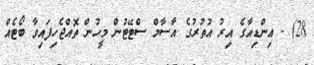
28) - އިންޑިއާގެ އިރު އުތުރުގެ އާސާމް ސްޓޭޓުން މީހުން ތޮއްޖެހިފައިވާ ބޯޓެއް